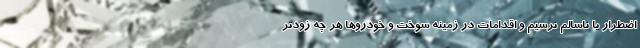
اضطرار یا ناسالم نرسیم و اقدامات در زمینه سوخت و خودرو‌ها هر چه زودتر